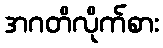
အဂတိလိုက်စား